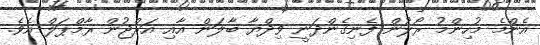
އެންމެ މުހިންމު ރޯލުން ފެނިގެންދަނީ ވިދްޔާ ބާލަން އާއި އަރްޖުން ރާމްޕަލް އެވެ.